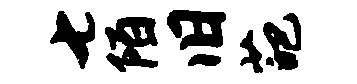
七陌旧葩